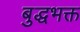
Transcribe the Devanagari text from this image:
बुद्धभक्त